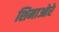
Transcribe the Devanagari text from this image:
शिमाओरे